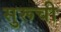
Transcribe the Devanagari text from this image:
सुरूची